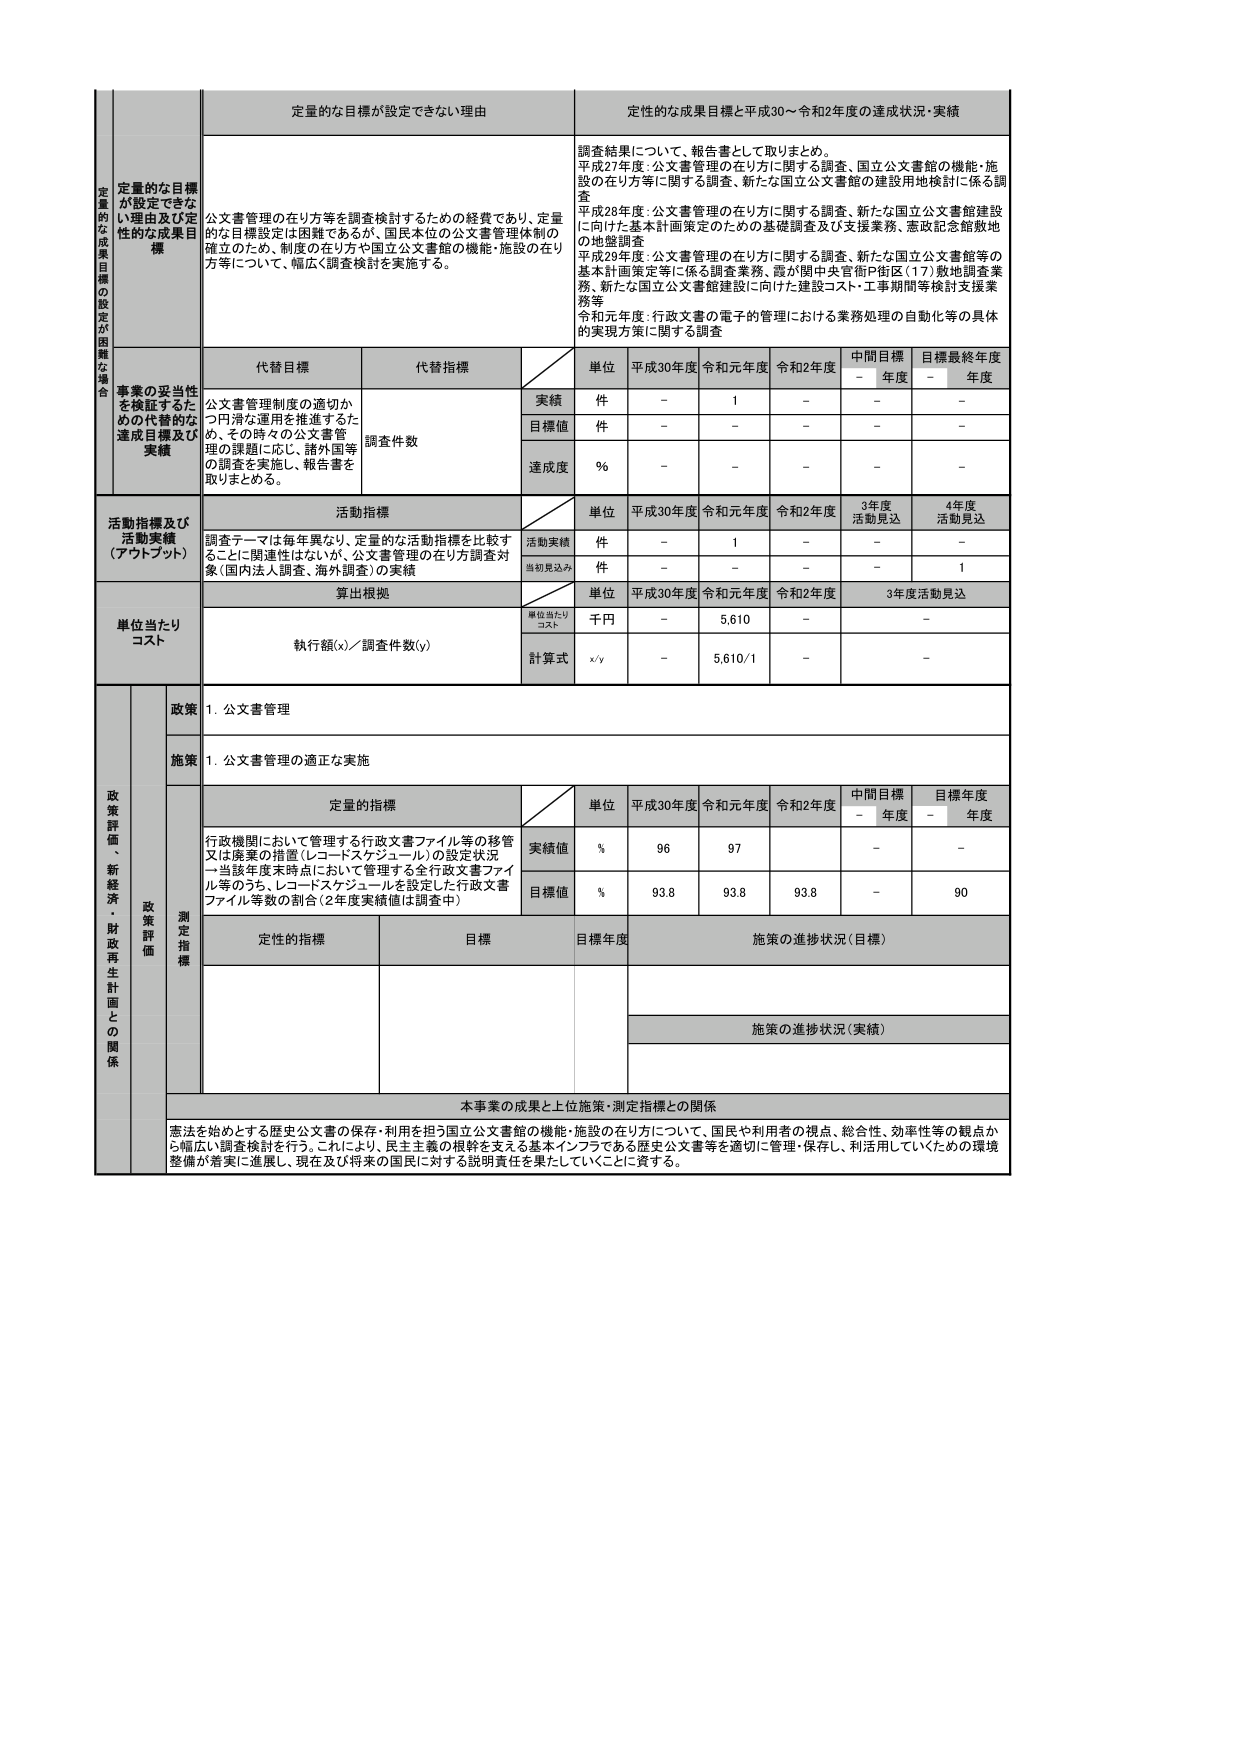
定量的な目標が設定できない理由
定性的な成果目標と平成30～令和2年度の達成状況・実績

公文書管理の在り方等を調査検討するための経費であり、定量的な目標設定は困難であるが、国民本位の公文書管理体制の確立のため、制度の在り方や国立公文書館の機能・施設の在り方等について、幅広く調査検討を実施する。

調査結果について、報告書として取りまとめ。
平成27年度：公文書管理の在り方に関する調査、国立公文書館の機能・施設の在り方等に関する調査、新たな国立公文書館の建設用地検討に係る調査
平成28年度：公文書管理の在り方に関する調査、新たな国立公文書館建設に向けた基本計画策定のための基礎調査及び支援業務、憲政記念館敷地の地盤調査
平成29年度：公文書管理の在り方に関する調査、新たな国立公文書館等の基本計画策定等に係る調査業務、霞が関中央官衙P街区（17）敷地調査業務、新たな国立公文書館建設に向けた建設コスト・工事期間等検討支援業務等
令和元年度：行政文書の電子的管理における業務処理の自動化等の具体的実現方策に関する調査

代替目標
代替指標
単位
平成30年度
令和元年度
令和2年度
中間目標
目標最終年度

公文書管理制度の適切かつ円滑な運用を推進するため、その時々の公文書管理の課題に応じ、諸外国等の調査を実施し、報告書を取りまとめる。
調査件数
実績
件
－
1
－
－
－
目標値
件
－
－
－
－
－
達成度
％
－
－
－
－
－

活動指標及び活動実績（アウトプット）
単位
平成30年度
令和元年度
令和2年度
3年度活動見込
4年度活動見込

調査テーマは毎年異なり、定量的な活動指標を比較することに関連性はないが、公文書管理の在り方調査対象（国内法人調査、海外調査）の実績
活動実績
件
－
1
－
－
－
当初見込み
件
－
－
－
－
1

単位当たりコスト
単位
平成30年度
令和元年度
令和2年度
3年度活動見込

単位当たりコスト
千円
－
5,610
－
－
執行額(x)／調査件数(y)
計算式
x/y
－
5,610/1
－
－

政策評価・新経済・財政再生計画との関係

政策
1. 公文書管理

施策
1. 公文書管理の適正な実施

測定指標
定量的指標
単位
平成30年度
令和元年度
令和2年度
中間目標
目標年度

行政機関において管理する行政文書ファイル等の移管又は廃棄の措置（レコードスケジュール）の設定状況－当該年度末時点において管理する全行政文書ファイル等のうち、レコードスケジュールを設定した行政文書ファイル等数の割合（2年度実績値は調査中）
実績値
％
96
97
－
－
目標値
％
93.8
93.8
93.8
－
90

定性的指標
目標
目標年度
施策の進捗状況（目標）
施策の進捗状況（実績）

本事業の成果と上位施策・測定指標との関係
憲法を始めとする歴史公文書の保存・利用を担う国立公文書館の機能・施設の在り方について、国民や利用者の視点、総合性、効率性等の観点から幅広い調査検討を行う。これにより、民主主義の根幹を支える基本インフラである歴史公文書等を適切に管理・保存し、利活用していくための環境整備が着実に進展し、現在及び将来の国民に対する説明責任を果たしていくことに資する。